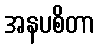
အနပစိတာ